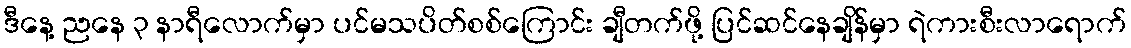
ဒီနေ့ ညနေ ၃ နာရီလောက်မှာ ပင်မသပိတ်စစ်ကြောင်း ချီတက်ဖို့ ပြင်ဆင်နေချိန်မှာ ရဲကားစီးလာရောက်